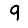
Digit: 9